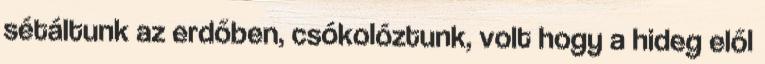
sétáltunk az erdőben, csókolóztunk, volt hogy a hideg elől